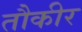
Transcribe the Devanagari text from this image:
तौकीर